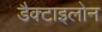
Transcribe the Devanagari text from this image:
डैक्टाइलोन